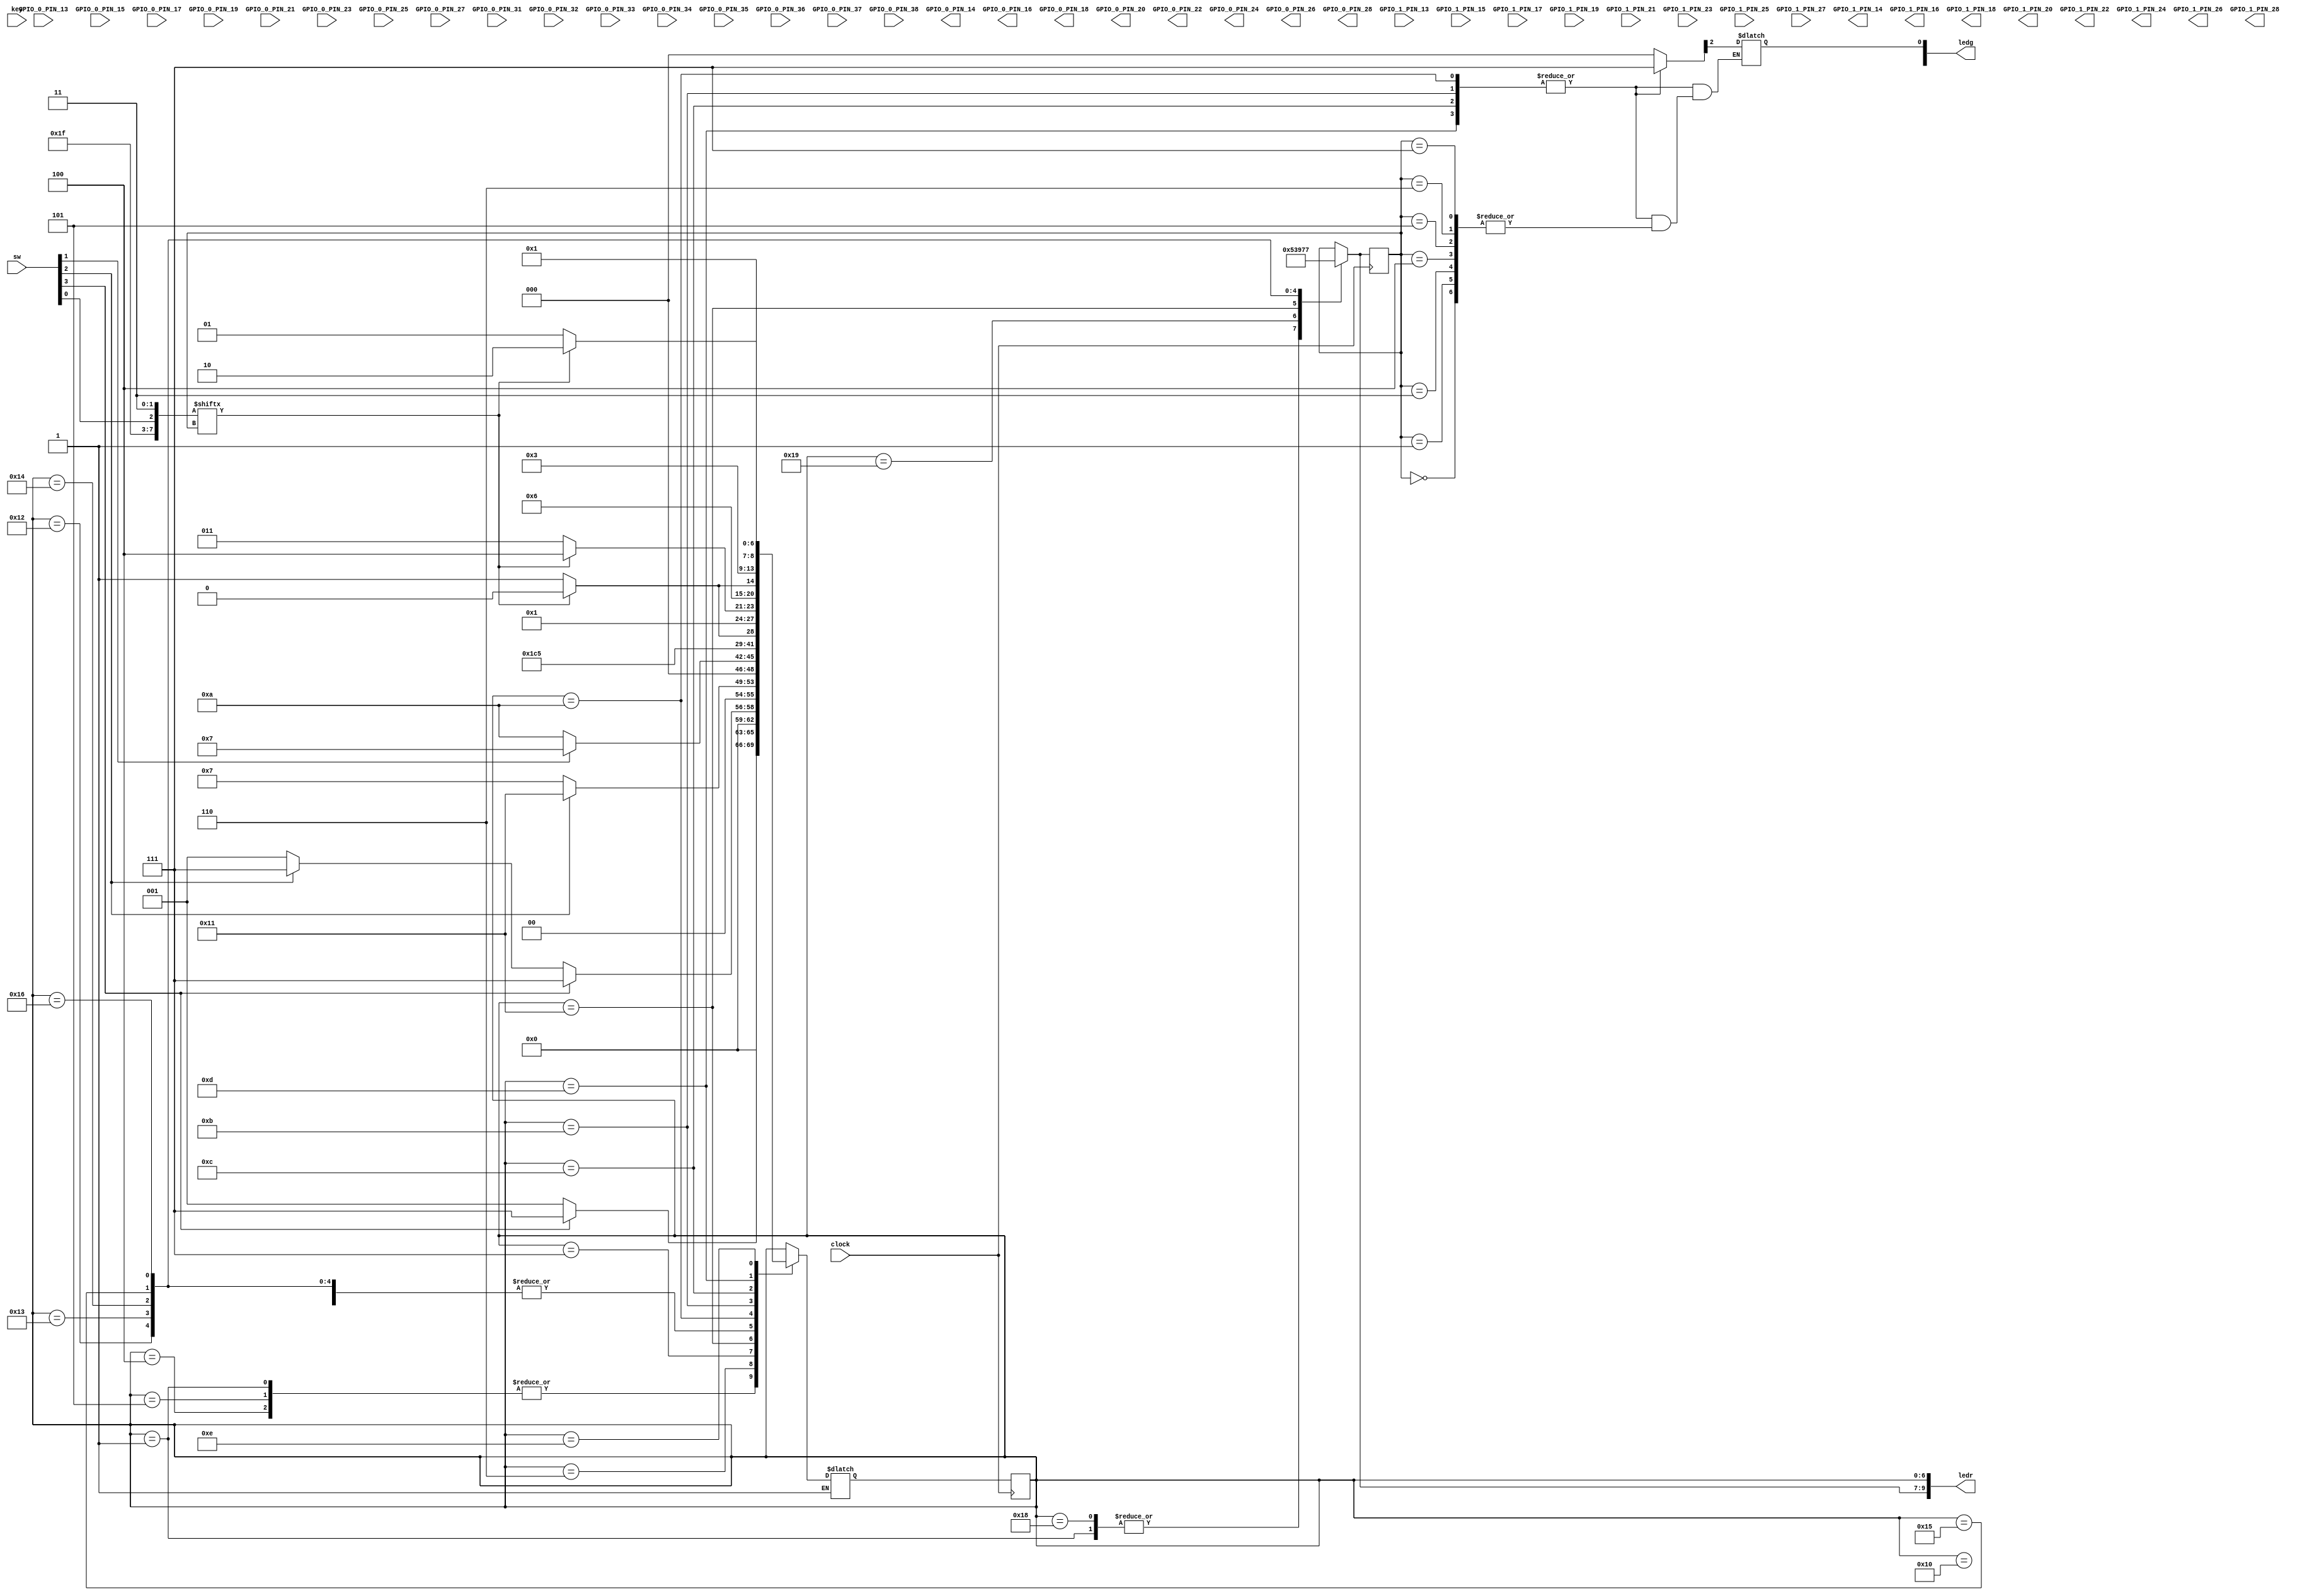
module sodamachinelab (
	 // Inputs from CAM switches
	 input wire GPIO_0_PIN_13,
	 input wire GPIO_0_PIN_15,
	 input wire GPIO_0_PIN_17,
	 input wire GPIO_0_PIN_19,
	 input wire GPIO_0_PIN_21,
	 input wire GPIO_0_PIN_23,
	 input wire GPIO_0_PIN_25,
	 input wire GPIO_0_PIN_27,
	 // Inputs from soldout switches
	 input wire GPIO_0_PIN_31,
	 input wire GPIO_0_PIN_32,
	 input wire GPIO_0_PIN_33,
	 input wire GPIO_0_PIN_34,
	 input wire GPIO_0_PIN_35,
	 input wire GPIO_0_PIN_36,
	 input wire GPIO_0_PIN_37,
	 input wire GPIO_0_PIN_38,

	 // Outputs to motors
	 output wire GPIO_0_PIN_14,
	 output wire GPIO_0_PIN_16,
	 output wire GPIO_0_PIN_18,
	 output wire GPIO_0_PIN_20,
	 output wire GPIO_0_PIN_22,
	 output wire GPIO_0_PIN_24,
	 output wire GPIO_0_PIN_26,
	 output wire GPIO_0_PIN_28,

	 // Inputs from select switches
	 input wire GPIO_1_PIN_13,
	 input wire GPIO_1_PIN_15,
	 input wire GPIO_1_PIN_17,
	 input wire GPIO_1_PIN_19,
	 input wire GPIO_1_PIN_21,
	 input wire GPIO_1_PIN_23,
	 input wire GPIO_1_PIN_25,

	 // Input from coin acceptor
	 input wire GPIO_1_PIN_27,

	 // Outputs to soda lamps
	 output wire GPIO_1_PIN_14,
	 output wire GPIO_1_PIN_16,
	 output wire GPIO_1_PIN_18,
	 output wire GPIO_1_PIN_20,
	 output wire GPIO_1_PIN_22,
	 output wire GPIO_1_PIN_24,
	 output wire GPIO_1_PIN_26,
	 output wire GPIO_1_PIN_28,
	 // FPGA LEDs, buttons and clock source
	 output wire [7:0] ledg,
	 output wire [9:0] ledr,
	 input wire [3:0] key,
	 input wire [9:0] sw,
	 input wire clock
);
// Internal wires and registers
wire [7:0] CAM;
wire [7:0] soldoutsw;
reg [7:0] vendingmotors;
wire [6:0] selectsw;
wire coinchanger;
wire [7:0] soldoutled;
// Assign pins to internal wires for ease of reading and coding
//assign CAM[0] = GPIO_0_PIN_13;
assign CAM[0] = 1;
assign CAM[1] = 1;//GPIO_0_PIN_15;
assign CAM[2] = sw[0];//GPIO_0_PIN_17;
assign CAM[3] = 1;//GPIO_0_PIN_19;
assign CAM[4] = 1;//GPIO_0_PIN_21;
assign CAM[5] = 1;//GPIO_0_PIN_23;
assign CAM[6] = 1;//GPIO_0_PIN_25;
assign CAM[7] = 1;//GPIO_0_PIN_27;
//assign soldoutsw[0] = GPIO_0_PIN_31;
assign soldoutsw[0] = 1;
assign soldoutsw[1] = 1;//GPIO_0_PIN_32;
assign soldoutsw[2] = sw[1];//GPIO_0_PIN_33;
assign soldoutsw[3] = 1;//GPIO_0_PIN_34;
assign soldoutsw[4] = 1;//GPIO_0_PIN_35;
assign soldoutsw[5] = 1;//GPIO_0_PIN_36;
assign soldoutsw[6] = 1;//GPIO_0_PIN_37;
assign soldoutsw[7] = 1;//GPIO_0_PIN_38;

//assign GPIO_0_PIN_14 = vendingmotors[0];
assign ledg[0] = vendingmotors[2];
/*assign GPIO_0_PIN_16 = vendingmotors[1];
assign GPIO_0_PIN_18 = vendingmotors[2];
assign GPIO_0_PIN_20 = vendingmotors[3];
assign GPIO_0_PIN_22 = vendingmotors[4];
assign GPIO_0_PIN_24 = vendingmotors[5];
assign GPIO_0_PIN_26 = vendingmotors[6];
assign GPIO_0_PIN_28 = vendingmotors[7];*/

//assign selectsw[0] = GPIO_1_PIN_13;
assign selectsw[0] = 0;
assign selectsw[1] = sw[2];//GPIO_1_PIN_15;
assign selectsw[2] = 0;//GPIO_1_PIN_17;
assign selectsw[3] = 0;//GPIO_1_PIN_19;
assign selectsw[4] = 0;//GPIO_1_PIN_21;
assign selectsw[5] = 0;//GPIO_1_PIN_23;
assign selectsw[6] = 0;//GPIO_1_PIN_25;
//assign coinchanger = GPIO_1_PIN_27;
assign coinchanger = sw[3];
/*assign GPIO_1_PIN_14 = soldoutled[0];
assign GPIO_1_PIN_16 = soldoutled[1];
assign GPIO_1_PIN_18 = soldoutled[2];
assign GPIO_1_PIN_20 = soldoutled[3];
assign GPIO_1_PIN_22 = soldoutled[4];
assign GPIO_1_PIN_24 = soldoutled[5];
assign GPIO_1_PIN_26 = soldoutled[6];
assign GPIO_1_PIN_28 = soldoutled[7];*/

assign ledr[6:0] = Sreg;
assign ledr[9:7] = Xnext;

reg [6:0] Sreg, Snext;					// State register and next state
reg [2:0] Xreg, Xnext;					// Registers to store X

assign soldoutled[0] 	= ~(soldoutsw[0] & soldoutsw[1]);
assign soldoutled[7:2]	= ~(soldoutsw[6:1]);

/////////////////////////////////////////////////////////////////////////
/////////////////////////// DEFINE THE STATES ///////////////////////////
/////////////////////////////////////////////////////////////////////////
parameter [4:0] 	WAIT	= 5'b00001,
						
						// Secret Code
						SC1	= 5'b00100,
						SC17	= 5'b00101,
						SC175	= 5'b00110,
						
						VEND	= 5'b00111,
						
						SEL0	= 5'b10000, // Select 0 is special case
						V0		= 5'b11000,
						V1		= 5'b11001,
						SEL1	= 5'b10001,
						SEL2	= 5'b10010,
						SEL3	= 5'b10011,
						SEL4	= 5'b10100,
						SEL5	= 5'b10101,
						SEL6	= 5'b10110,
												
						// Select and vend
						SEL	= 5'b01001,
						VENX	= 5'b01010,
						CA1X	= 5'b01011,
						CA2X	= 5'b01100,
						CA3X	= 5'b01101,
						CA4X	= 5'b01110;
						


///////////////////////////////////////////////////////////////////////////
/////////////////////////// CREATE STATE MEMORY ///////////////////////////
///////////////////////////////////////////////////////////////////////////
always @ (posedge clock) begin
	Sreg <= Snext;
	Xreg <= Xnext;
end
	
////////////////////////////////////////////////////////////////////////
/////////////////////////// NEXT STATE LOGIC ///////////////////////////
////////////////////////////////////////////////////////////////////////
always @ (Sreg, CAM [7:0], soldoutsw[7:0], selectsw[6:0], coinchanger, Xreg) begin
	case (Sreg)
		WAIT:		if (coinchanger == 1)		Snext = VEND;
					else if (selectsw[0]==1)	Snext = SC1;
					else								Snext = WAIT;
		// Secret Code
		SC1:		if (coinchanger==1)			Snext = VEND;
					else if (selectsw[6]==1)	Snext = SC17;
					else								Snext = WAIT;
		SC17:		if (coinchanger==1)			Snext = VEND;
					else if (selectsw[4]==1)	Snext = SC175;
					else if (selectsw[0]==1)	Snext = SC1;
					else								Snext = WAIT;
		SC175:	if (coinchanger==1)			Snext = VEND;
					else if (selectsw[1]==1)	Snext = VEND;
					else if (selectsw[0]==1)	Snext = SC1;
					else								Snext = WAIT;
		
		
		VEND:		if (selectsw[0]==1)			Snext = SEL0;
					else if (selectsw[1]==1)	Snext = SEL1;
					else if (selectsw[2]==1)	Snext = SEL2;
					else if (selectsw[3]==1)	Snext = SEL3;
					else if (selectsw[4]==1)	Snext = SEL4;
					else if (selectsw[5]==1)	Snext = SEL5;
					else if (selectsw[6]==1)	Snext = SEL6;
					else								Snext = VEND;
					
		// Select 0 is special case
		SEL0: 	if (soldoutsw[0]==1
							&& soldoutsw[1]==1)	Snext = VEND; // wait for select
					else if (soldoutsw[0]==0)	Snext = V0; // vend 0
					else if (soldoutsw[1]==0)	Snext = V1; // vend 1
		V0:		if (soldoutsw[0]==1)			Snext = VEND;
					else 								Snext = VENX;
		V1:		if (soldoutsw[1]==1)			Snext = VEND;
					else 								Snext = VENX;
		SEL1:		if (soldoutsw[2]==1)			Snext = VEND;
					else								Snext = VENX;
		SEL2:		if (soldoutsw[3]==1)			Snext = VEND;
					else								Snext = VENX;
		SEL3:		if (soldoutsw[4]==1)			Snext = VEND;
					else								Snext = VENX;
		SEL4:		if (soldoutsw[5]==1)			Snext = VEND;
					else								Snext = VENX;
		SEL5:		if (soldoutsw[6]==1)			Snext = VEND;
					else								Snext = VENX;
		SEL6:		if (soldoutsw[7]==1)			Snext = VEND;
					else								Snext = VENX;
		
		// Select and vend
		/*SELX:		if (soldoutsw[Xreg]==1)		Snext = VEND;
					else								Snext = VENX;*/
		VENX:		if (CAM[Xreg]==0)				Snext = CA1X;
					else								Snext = VENX;
		CA1X:		if (CAM[Xreg]==1)				Snext = CA2X;
					else								Snext = CA1X;
		CA2X:		if (CAM[Xreg]==0)				Snext = CA3X;
					else								Snext = CA2X;
		CA3X:		if (CAM[Xreg]==1)				Snext = CA4X;
					else								Snext = CA3X;
		CA4X:		Snext = WAIT;
		default	Snext = Sreg;
	endcase
end


////////////////////////////////////////////////////////////////////
/////////////////////////// OUTPUT LOGIC ///////////////////////////
////////////////////////////////////////////////////////////////////
always @ (Sreg)
	case (Sreg)
		WAIT:   	begin Xnext = 0; end 
		V0:		begin Xnext = 0; end
		V1:		begin Xnext = 1; end
		SEL1:		begin Xnext = 2; end
		SEL2:		begin Xnext = 3; end
		SEL3:		begin Xnext = 4; end
		SEL4:		begin Xnext = 5; end
		SEL5:		begin Xnext = 6; end
		SEL6:		begin Xnext = 7; end
		VENX:		begin Xnext = Xreg; end
		default	Xnext = Xreg; 
	endcase

always @ (Sreg)
	case (Sreg)
		VENX, CA1X, CA2X, CA3X: vendingmotors[Xreg] = 1;
		default vendingmotors[7:0] = 0;
	endcase
	
endmodule